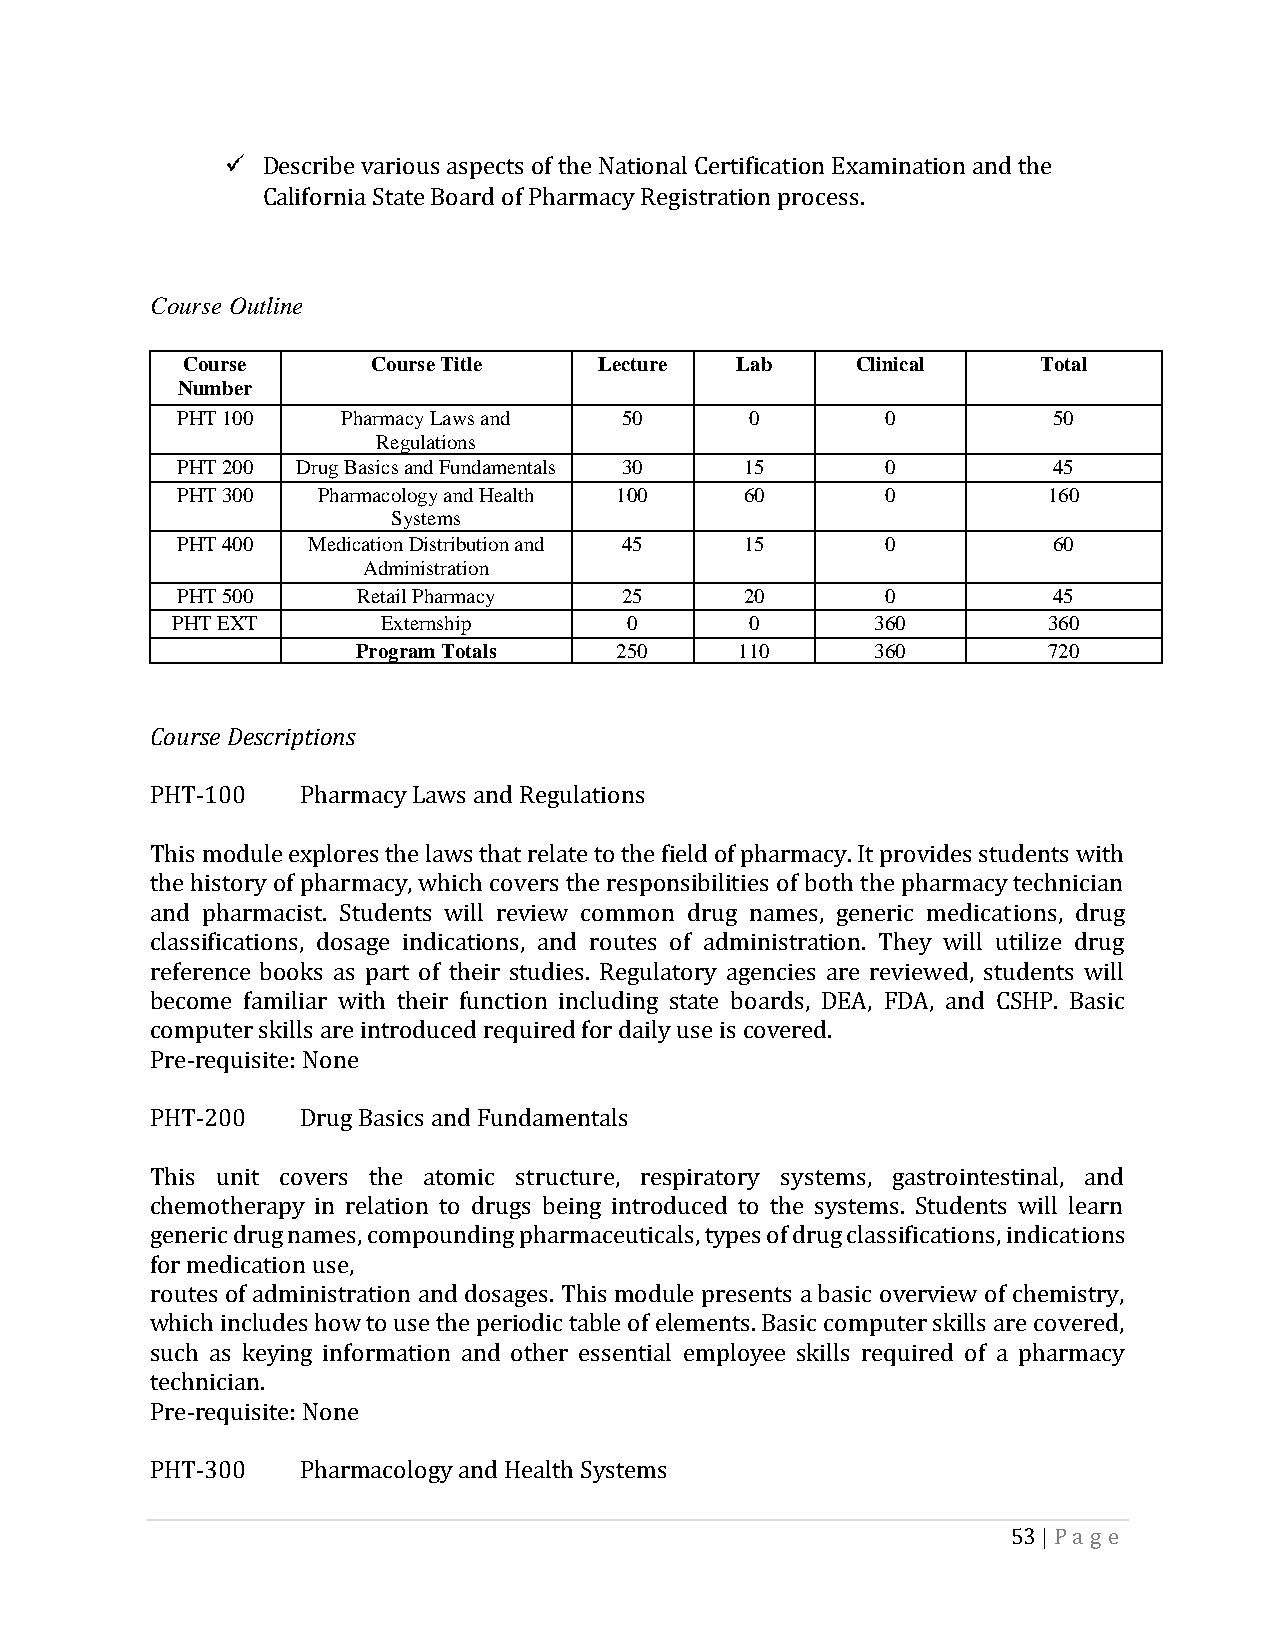
Describe various aspects of the National Certification Examination and the
 California State Board of Pharmacy Registration process.
 Course Outline
 Course       Course Title   Lecture  Lab     Clinical    Total
 Number
 PHT 100    Pharmacy Laws and 50       0        0          50
 Regulations
 PHT 200 Drug Basics and Fundamentals 30 15     0          45
 PHT 300  Pharmacology and Health 100 60        0         160
 Systems
 PHT 400 Medication Distribution and 45 15      0          60
 Administration
 PHT 500     Retail Pharmacy  25      20        0          45
 PHT EXT       Externship       0       0       360        360
 Program Totals   250     110      360        720
 Course Descriptions
 PHT-100   Pharmacy Laws and Regulations
 This module explores the laws that relate to the field of pharmacy. It provides students with
 the history of pharmacy, which covers the responsibilities of both the pharmacy technician
 and pharmacist. Students will review common drug names, generic medications, drug
 classifications, dosage indications, and routes of administration. They will utilize drug
 reference books as part of their studies. Regulatory agencies are reviewed, students will
 become familiar with their function including state boards, DEA, FDA, and CSHP. Basic
 computer skills are introduced required for daily use is covered.
 Pre-requisite: None
 PHT-200   Drug Basics and Fundamentals
 This unit covers the atomic structure, respiratory systems, gastrointestinal, and
 chemotherapy in relation to drugs being introduced to the systems. Students will learn
 generic drug names, compounding pharmaceuticals, types of drug classifications, indications
 for medication use,
 routes of administration and dosages. This module presents a basic overview of chemistry,
 which includes how to use the periodic table of elements. Basic computer skills are covered,
 such as keying information and other essential employee skills required of a pharmacy
 technician.
 Pre-requisite: None
 PHT-300   Pharmacology and Health Systems
 53 | Pa g e